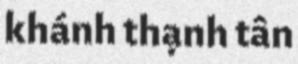
khánh thạnh tân